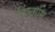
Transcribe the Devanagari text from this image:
तिष्‍ठामि